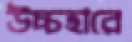
উচ্চহারে